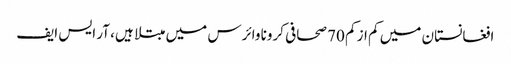
افغانستان میں کم از کم 70 صحافی کرونا وائرس میں مبتلا ہیں، آر ایس ایف